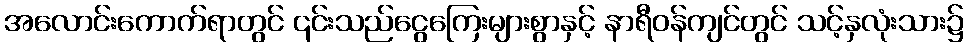
အလောင်းကောက်ရာတွင် ၎င်းသည်ငွေကြေးများစွာနှင့် နာရီဝန်ကျင်တွင် သင့်နှလုံးသား၌